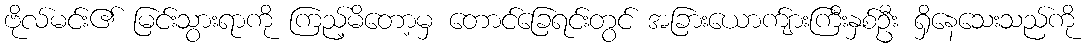
ဗိုလ်မင်း၏ မြင်းသွားရာကို ကြည့်မိတော့မှ တောင်ခြေရင်းတွင် အခြားယောက်ျားကြီးနှစ်ဦး ရှိနေသေးသည်ကို